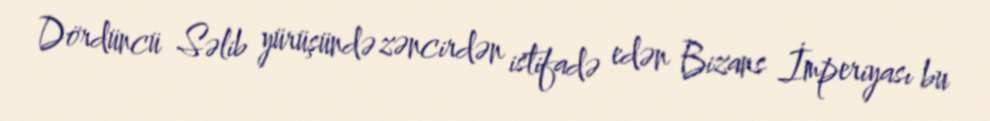
Dördüncü Səlib yürüşündə zəncirdən istifadə edən Bizans İmperiyası bu